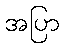
အပြာ